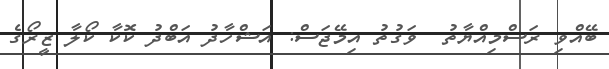
ބޭއްވި ރަސްމިއްޔާތު  ވަގުތު އިމޭޖަސް: އަޝްހާދު އަބްދު ކޮކާ ކޯލާ ޒީރޯގެ